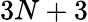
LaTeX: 3N+3